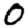
Digit: 0